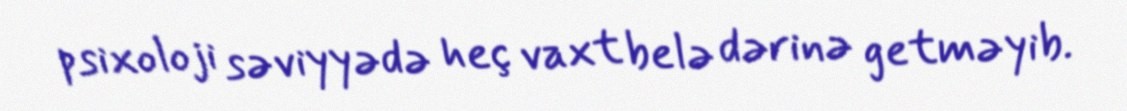
psixoloji səviyyədə heç vaxt belə dərinə getməyib.